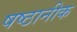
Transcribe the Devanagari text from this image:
षष्ठानीक